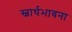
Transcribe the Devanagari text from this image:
स्वार्थभावना